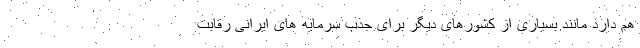
هم دارد مانند بسیاری از کشورهای دیگر برای جذب سرمایه های ایرانی رقابت